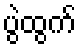
ပွဲထွက်